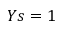
Y s = 1